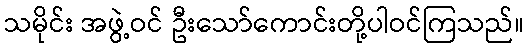
သမိုင်း အဖွဲ့ဝင် ဦးသော်ကောင်းတို့ပါဝင်ကြသည်။